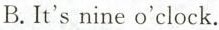
B.It's nine o'clock.